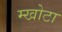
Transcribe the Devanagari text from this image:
म्खोटा